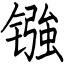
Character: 镪